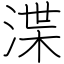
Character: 渫